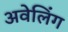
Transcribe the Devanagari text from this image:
अवेलिंग